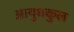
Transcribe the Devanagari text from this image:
आयुधकुल